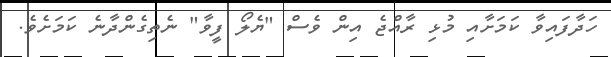
ހަދާފައިވާ ކަމަށާއި މުޅި ރާއްޖެ އިން ވެސް "ޔެލޯ ފީވާ" ނެތިގެންދާނެ ކަމަށެވެ.